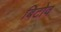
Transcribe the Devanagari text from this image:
बिटोव